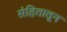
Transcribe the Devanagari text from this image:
संहितातून